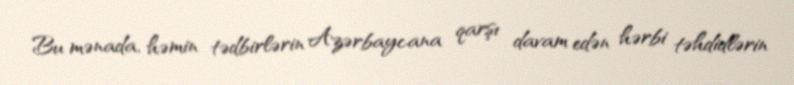
Bu mənada, həmin tədbirlərin Azərbaycana qarşı davam edən hərbi təhdidlərin